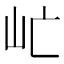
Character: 𡵀